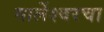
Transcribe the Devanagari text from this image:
मार्लेश्वरचा